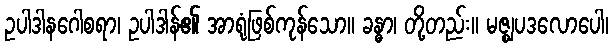
ဥပါဒါနဂေါစရာ၊ ဥပါဒါန်၏ အာရုံဖြစ်ကုန်သော။ ခန္ဓာ၊ တို့တည်း။ မဇ္ဈပဒလောပေါ၊